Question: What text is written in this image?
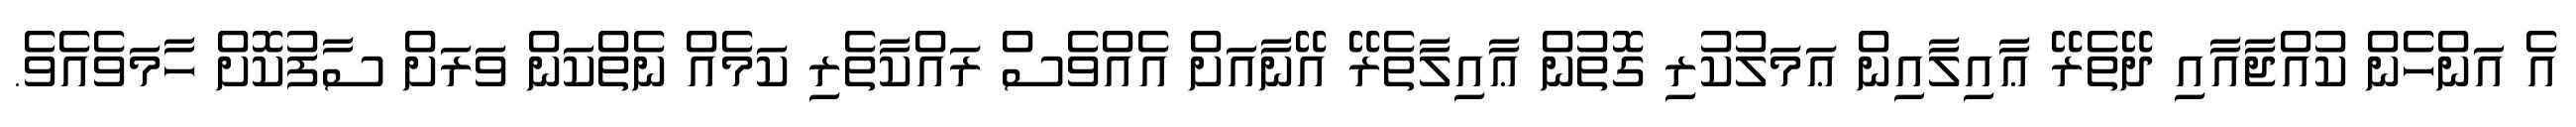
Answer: އެ އަންހެން ކުއްޖާއާއި ދޭތެރޭ ޢާއިލާއިން ޢަމަލުކުރި ގޮތުން ޢާއިލާތެރޭ އޭނާއަށް އެއްވެސް ރައްކާތެރި ކަމެއް ނެތްކަން ވަރަށް ސާފުކޮށް ހާމަވެއެވެ.